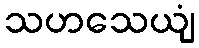
သဟသေယျံ